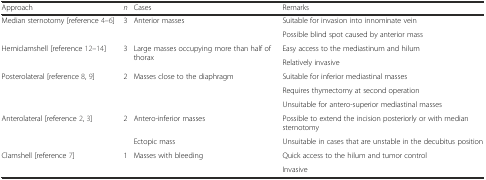
<table><thead><tr><td><b>Approach</b></td><td><b><i>n</i></b></td><td><b>Cases</b></td><td><b>Remarks</b></td></tr></thead><tbody><tr><td rowspan="2">Median sternotomy [reference 4–6]</td><td rowspan="2">3</td><td rowspan="2">Anterior masses</td><td>Suitable for invasion into innominate vein</td></tr><tr><td>Possible blind spot caused by anterior mass</td></tr><tr><td rowspan="2">Hemiclamshell [reference 12–14]</td><td rowspan="2">3</td><td rowspan="2">Large masses occupying more than half of thorax</td><td>Easy access to the mediastinum and hilum</td></tr><tr><td>Relatively invasive</td></tr><tr><td rowspan="3">Posterolateral [reference 8, 9]</td><td rowspan="3">2</td><td rowspan="3">Masses close to the diaphragm</td><td>Suitable for inferior mediastinal masses</td></tr><tr><td>Requires thymectomy at second operation</td></tr><tr><td>Unsuitable for antero-superior mediastinal masses</td></tr><tr><td rowspan="2">Anterolateral [reference 2, 3]</td><td rowspan="2">2</td><td>Antero-inferior masses</td><td>Possible to extend the incision posteriorly or with median sternotomy</td></tr><tr><td>Ectopic mass</td><td>Unsuitable in cases that are unstable in the decubitus position</td></tr><tr><td rowspan="2">Clamshell [reference 7]</td><td rowspan="2">1</td><td rowspan="2">Masses with bleeding</td><td>Quick access to the hilum and tumor control</td></tr><tr><td>Invasive</td></tr></tbody></table>